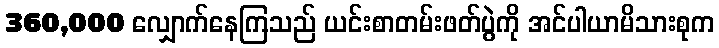
360,000 လျှောက်နေကြသည် ယင်းစာတမ်းဖတ်ပွဲကို အင်ပါယာမိသားစုက